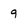
Character: 9